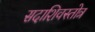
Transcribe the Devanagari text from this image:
सदाशिवस्तोत्र